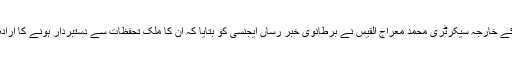
بنگلہ دیش کے خارجہ سیکرٹری محمد معراج القیس نے برطانوی خبر رساں ایجنسی کو بتایا کہ اُن کا ملک تحفظات سے دستبردار ہونے کا ارادہ رکھتا ہے۔